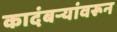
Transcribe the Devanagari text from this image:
कादंबर्‍यांवरून